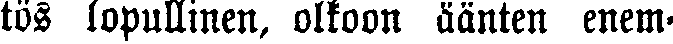
tös lopullinen, olkoon äänten enem-